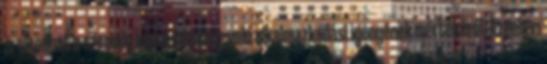
árulkodhat a személy konvenciókhoz való alkalmazkodási igényének mértékéről. Azonban